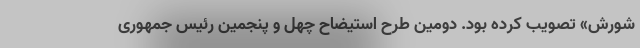
شورش» تصویب کرده بود. دومین طرح استیضاح چهل و پنجمین رئیس جمهوری